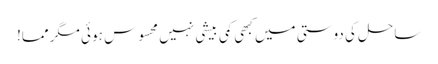
ساحل کی دوستی میں کبھی کمی بیشی نہیں محسوس ہو ئی مگر مما!